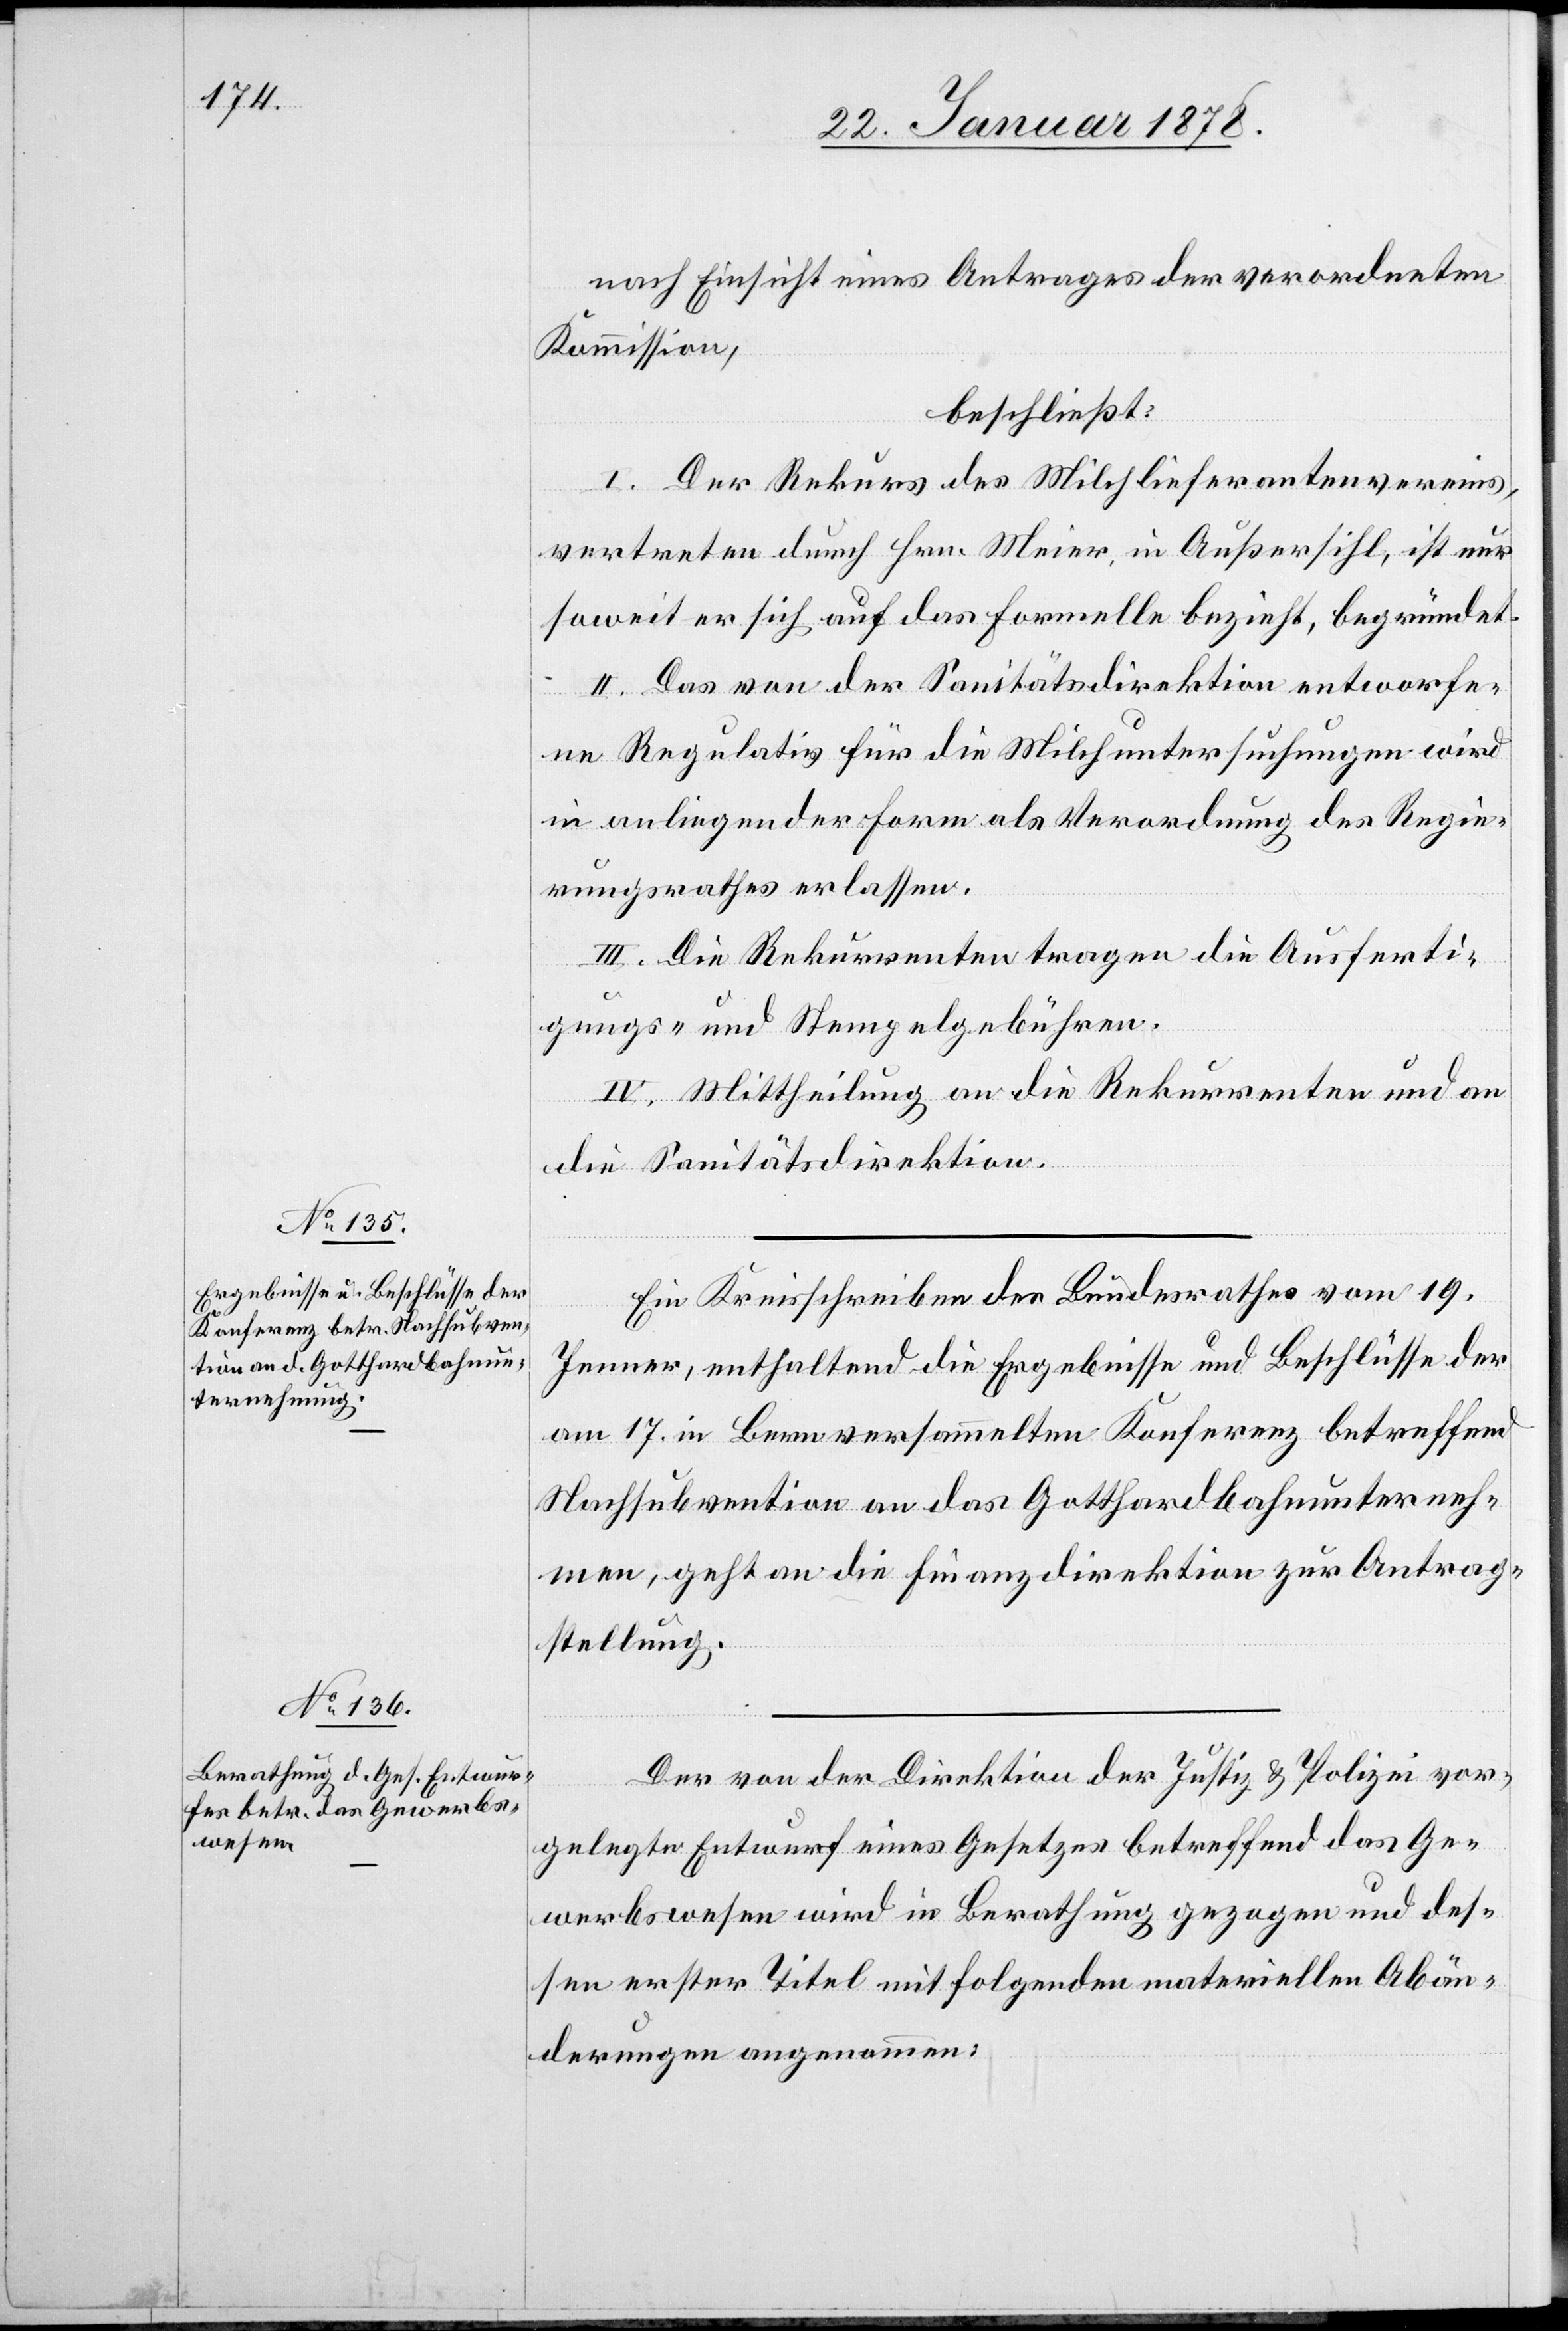
nach Einsicht eines Antrages der verodneten
Kommission,
beschließt:
I. Der Rekurs des Milchlieferantenvereins,
vertreten durch Hrn. Meier, in Außersihl, ist nur
soweit er sich auf das formelle bezieht, begründet.
II. Das von der Sanitätsdirektion entworfe¬
ne Regulativ für die Milchuntersuchungen wird
in anliegender Form als Verordnung des Regie¬
rungsrathes erlassen.
III. Die Rekurrenten tragen die Ausferti¬
gungs- und Stempelgebühren.
IV. Mittheilung an die Rekurrenten und an
die Sanitätsdirektion.
Ein Kreisschreiben des Bundesrathes vom 19.
Jenner, enthaltend die Ergebnisse und Beschlüsse der
am 17. in Bern versammelten Konferenz betreffend
Nachsubvention an das Gotthardbahnunterneh¬
men, geht an die Finanzdirektion zur Antrag¬
stellung.
Der von der Direktion der Justiz & Polizei vor¬
gelegte Entwurf eines Gesetzes betreffend das Ge¬
werbswesen wird in Berathung gezogen und des¬
sen erster Titel mit folgenden materiellen Abän¬
derungen angenommen: